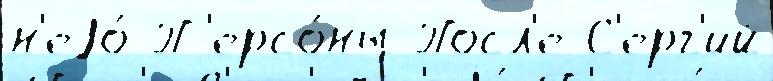
н'еjо́ П'ерсо́ны Посл'е С'ерг'ий